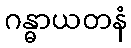
ဂန္ဓာယတနံ